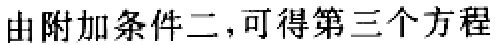
由附加条件二，可得第三个方程